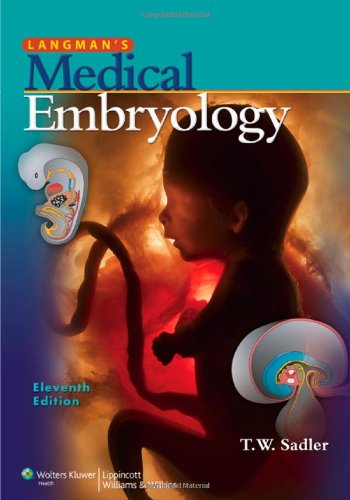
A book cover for Langman's Medical Embryology; Thomas W. Sadler PhD; Medical Books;